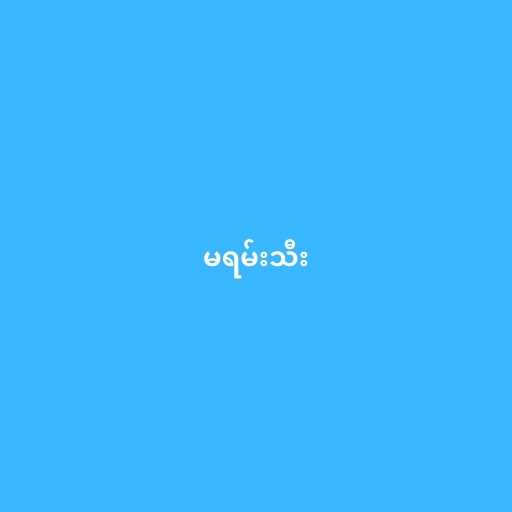
မရမ်းသီး